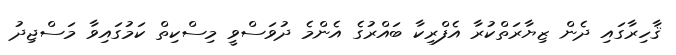
ޤާހިރާގައި ދެން ޒިޔާރަތްކުރާ އެފްރިކާ ބައްރުގެ އެންމެ ދުވަސްވީ މިސްކިތް ކަމުގައިވާ މަސްޖިދު